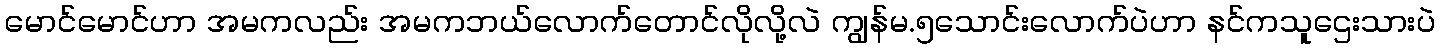
မောင်မောင်ဟာ အမကလည်း အမကဘယ်လောက်တောင်လိုလို့လဲ ကျွန်မ.၅သောင်းလောက်ပဲဟာ နင်ကသူဌေးသားပဲ